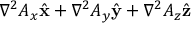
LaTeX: \nabla ^ { 2 } A _ { x } { \hat { \mathbf { x } } } + \nabla ^ { 2 } A _ { y } { \hat { \mathbf { y } } } + \nabla ^ { 2 } A _ { z } { \hat { \mathbf { z } } }